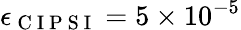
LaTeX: \epsilon_{\mathrm{~C~I~P~S~I~}}=5\times 10^{-5}